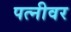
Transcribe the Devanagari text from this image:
पत्‍नीवर